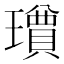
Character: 𱯸